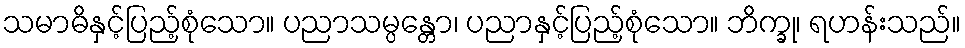
သမာဓိနှင့်ပြည့်စုံသော။ ပညာသမ္ပန္တော၊ ပညာနှင့်ပြည့်စုံသော။ ဘိက္ခု၊ ရဟန်းသည်။